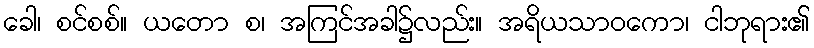
ခေါ၊ စင်စစ်။ ယတော စ၊ အကြင်အခါ၌လည်း။ အရိယသာဝကော၊ ငါဘုရား၏